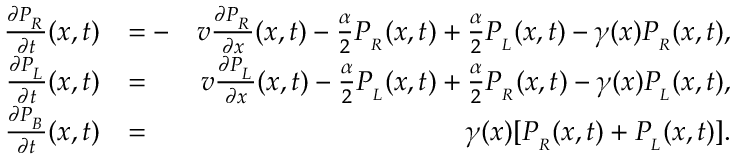
\begin{array} { r l r } { \frac { \partial P _ { _ R } } { \partial t } ( x , t ) } & { = - } & { v \frac { \partial P _ { _ R } } { \partial x } ( x , t ) - \frac { \alpha } { 2 } P _ { _ R } ( x , t ) + \frac { \alpha } { 2 } P _ { _ L } ( x , t ) - \gamma ( x ) P _ { _ R } ( x , t ) , } \\ { \frac { \partial P _ { _ L } } { \partial t } ( x , t ) } & { = } & { v \frac { \partial P _ { _ L } } { \partial x } ( x , t ) - \frac { \alpha } { 2 } P _ { _ L } ( x , t ) + \frac { \alpha } { 2 } P _ { _ R } ( x , t ) - \gamma ( x ) P _ { _ L } ( x , t ) , } \\ { \frac { \partial P _ { _ B } } { \partial t } ( x , t ) } & { = } & { \gamma ( x ) [ P _ { _ R } ( x , t ) + P _ { _ L } ( x , t ) ] . } \end{array}